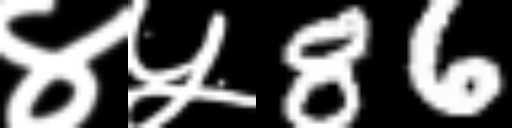
Text: ४५86